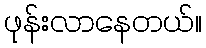
ဖုန်းလာနေတယ်။